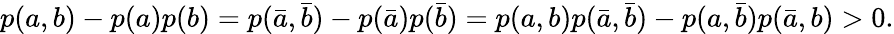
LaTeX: \begin{array}{r}{p(a,b)-p(a)p(b)=p(\bar{a},\bar{b})-p(\bar{a})p(\bar{b})=p(a,b)p(\bar{a},\bar{b})-p(a,\bar{b})p(\bar{a},b)>0.}\end{array}